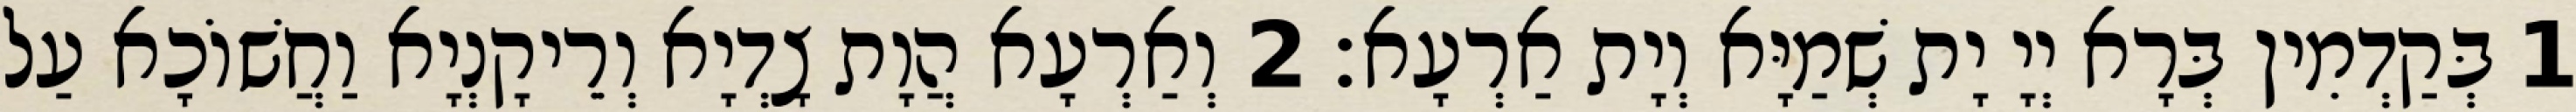
1 בְּקַדְמִין בְּרָא יְיָ יָת שְׁמַיָּא וְיָת אַרְעָא׃ 2 וְאַרְעָא הֲוָת צָדְיָא וְרֵיקָנְיָא וַחֲשׁוֹכָא עַל